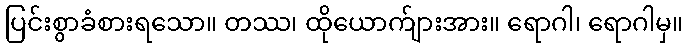
ပြင်းစွာခံစားရသော။ တဿ၊ ထိုယောက်ျားအား။ ရောဂါ၊ ရောဂါမှ။